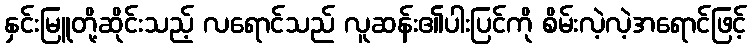
နှင်းမြူတို့ဆိုင်းသည့် လရောင်သည် လူဆန်း၏ပါးပြင်ကို စိမ်းလဲ့လဲ့အရောင်ဖြင့်